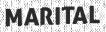
MARITAL